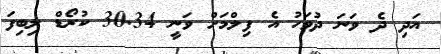
އަދި ދެ ވަނަ ދުވަހު އެ ފިލްމަށް ވަނީ 30.34 ކުރޯޑް ލިބިފަ